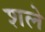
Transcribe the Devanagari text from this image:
शले